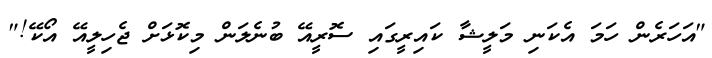
"އަހަރެން ހަމަ އެކަނި މަލީޝާ ކައިރީގައި ސޮރީއޭ ބުނެލަން މިކޮޅަށް ޖެހިލީއޭ އޯކޭ!"